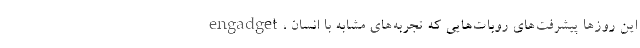
engadget، این روزها پیشرفت‌های روبات‌هایی که تجربه‌های مشابه با انسان